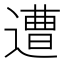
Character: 遭